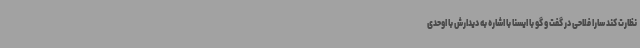
نظارت کند سارا فلاحی در گفت و گو با ایسنا با اشاره به دیدارش با اوحدی